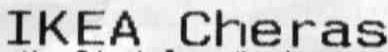
IKEA CHERAS